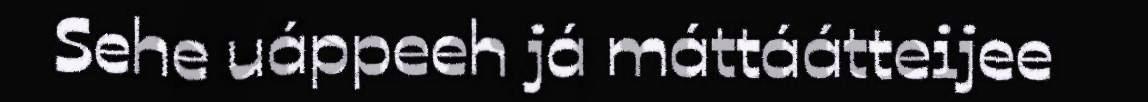
Sehe uáppeeh já máttáátteijee